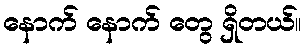
နောက် နောက် တွေ ရှိတယ်။